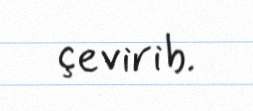
çevirib.